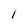
Character: 1